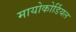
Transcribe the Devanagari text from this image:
मायोकोर्डियल